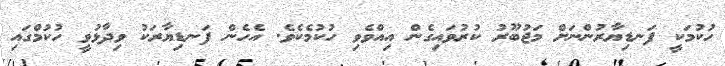
ހުކުމަކީ ފަނޑިޔާރުންނަށް މަޖުބޫރު ކުރުވައިގެން އިއްވެވި ހުކުމެކެވެ. އެހެން ފަނޑިޔާރަކު ވިދާޅުވީ ހުކުމްގައި